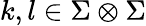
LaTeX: k,l\in\Sigma\otimes\Sigma